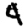
Digit: 4